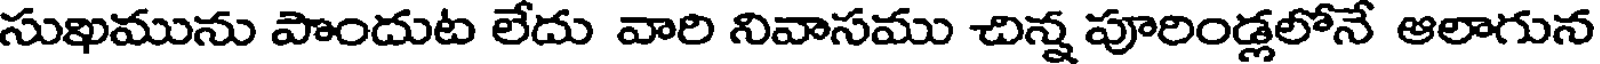
సుఖమును పొందుట లేదు వారి నివాసము చిన్న పూరిండ్లలోనే ఆలాగున